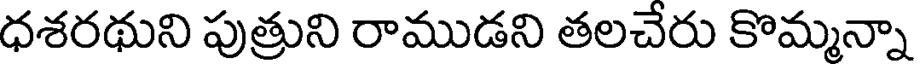
ధశరథుని పుత్రుని రాముడని తలచేరు కొమ్మన్నా